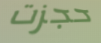
حجزت